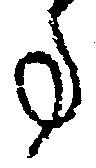
事